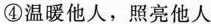
④温暖他人，照亮他人